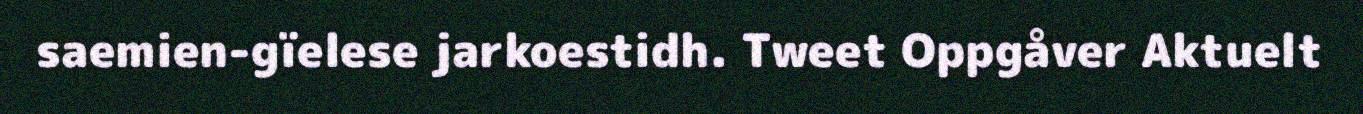
saemien-gïelese jarkoestidh. Tweet Oppgåver Aktuelt